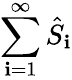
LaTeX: \sum_{\mathbf{i}=1}^{\infty}\hat{{S}}_{\mathbf{i}}